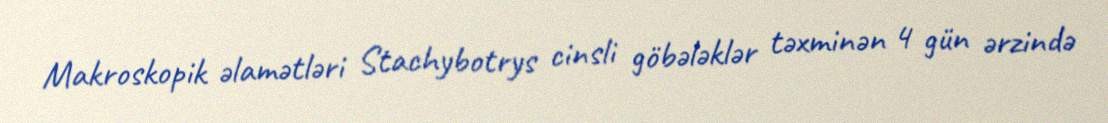
Makroskopik əlamətləri Stachybotrys cinsli göbələklər təxminən 4 gün ərzində